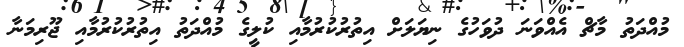
މުއްދަތު މާޗް އެއްވަނަ ދުވަހުގެ ނިޔަލަށް އިތުރުކުރުމާއި ކުލީގެ މުއްދަތު އިތުރުކުރުމާއި ޖޫރިމަނާ